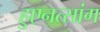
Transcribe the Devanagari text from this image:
हुएनत्सांग